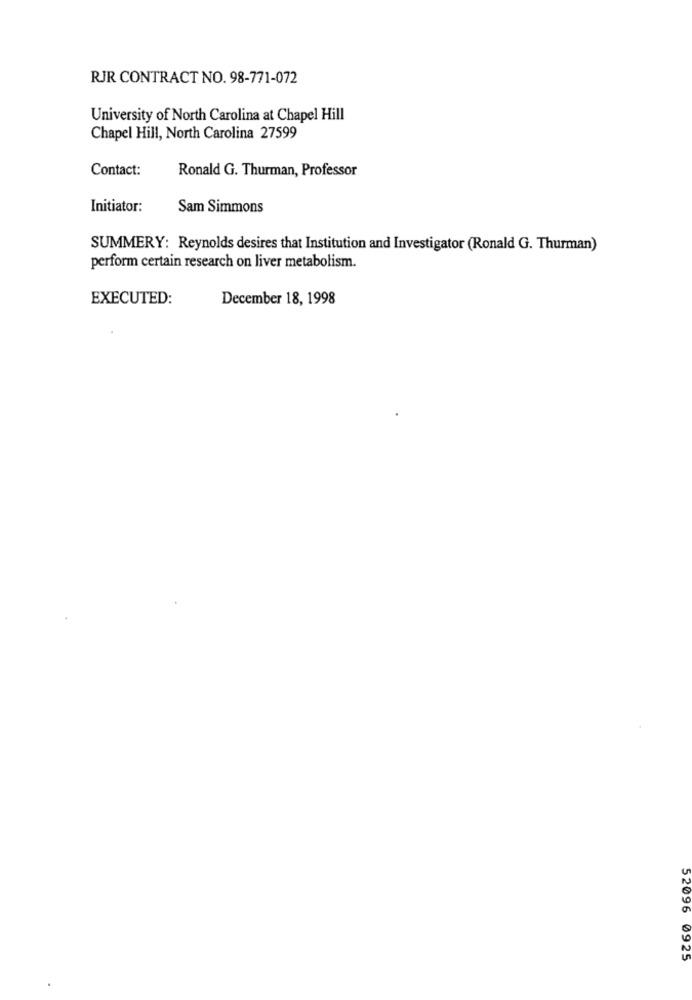
RJR CONTRACT NO. 98-771-072
University of North Carolina at Chapel Hill
Chapel Hill, North Carolina 27599
Contact:
Ronald G. Thurman, Professor
Initiator:
Sam Simmons
SUMMERY: Reynolds desires that Institution and Investigator (Ronald G. Thurman)
perform certain research on liver metabolism.
EXECUTED:
December 18, 1998
52096 0925